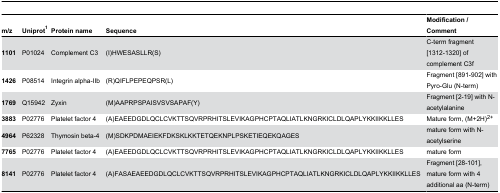
<table><thead><tr><td><b>m/z</b></td><td><b>Uniprot<sup>1</sup></b></td><td><b>Protein name</b></td><td><b>Sequence</b></td><td><b>Modification / Comment</b></td></tr></thead><tbody><tr><td><b>1101</b></td><td>P01024</td><td>Complement C3</td><td>(I)HWESASLLR(S)</td><td>C-term fragment [1312-1320] of complement C3f</td></tr><tr><td><b>1426</b></td><td>P08514</td><td>Integrin alpha-IIb</td><td>(R)QIFLPEPEQPSR(L)</td><td>Fragment [891-902] with Pyro-Glu (N-term)</td></tr><tr><td><b>1769</b></td><td>Q15942</td><td>Zyxin</td><td>(M)AAPRPSPAISVSVSAPAF(Y)</td><td>Fragment [2-19] with N-acetylalanine</td></tr><tr><td><b>3883</b></td><td>P02776</td><td>Platelet factor 4</td><td>(A)EAEEDGDLQCLCVKTTSQVRPRHITSLEVIKAGPHCPTAQLIATLKNGRKICLDLQAPLYKKIIKKLLES</td><td>Mature form, (M+2H)<sup>2+</sup></td></tr><tr><td><b>4964</b></td><td>P62328</td><td>Thymosin beta-4</td><td>(M)SDKPDMAEIEKFDKSKLKKTETQEKNPLPSKETIEQEKQAGES</td><td>mature form with N-acetylserine</td></tr><tr><td><b>7765</b></td><td>P02776</td><td>Platelet factor 4</td><td>(A)EAEEDGDLQCLCVKTTSQVRPRHITSLEVIKAGPHCPTAQLIATLKNGRKICLDLQAPLYKKIIKKLLES</td><td>mature form</td></tr><tr><td><b>8141</b></td><td>P02776</td><td>Platelet factor 4</td><td>(A)FASAEAEEDGDLQCLCVKTTSQVRPRHITSLEVIKAGPHCPTAQLIATLKNGRKICLDLQAPLYKKIIKKLLES</td><td>Fragment [28-101], mature form with 4 additional aa (N-term)</td></tr></tbody></table>